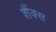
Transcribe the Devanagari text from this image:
शैंक्स